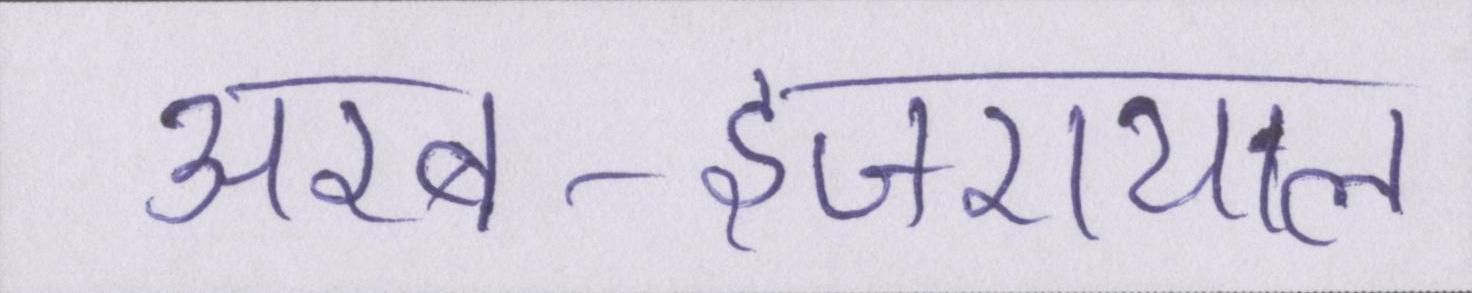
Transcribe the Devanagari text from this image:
अरब-इजरायल